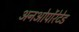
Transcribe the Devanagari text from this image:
अनओर्पोरेटेड